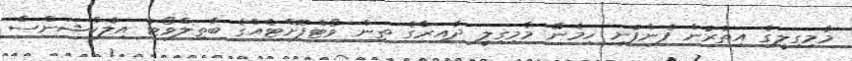
މާމިގިލީގެ އިތުރުން ފެންފުށި ހިމެނޭ މާމިގިލީ ދާއިރާގެ ތިން ވޯޓްފޮށްޓެއްގެ ބާތިލްވޯޓު އިލެކްޝަންސް